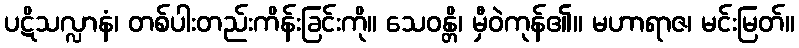
ပဋိသလ္လာနံ၊ တစ်ပါးတည်းကိန်းခြင်းကို။ သေဝန္တိ၊ မှီဝဲကုန်၏။ မဟာရာဇ၊ မင်းမြတ်။